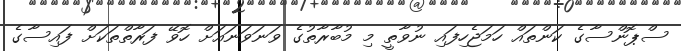
ސްޕޮންސާގެ ކަންތައް ހަމަޖެހިފައި ނުވާތީ މި މުބާރާތުގެ ވަނަވަނައަށް ހޮވޭ ފަރާތްތަކަށް ފައިސާގެ